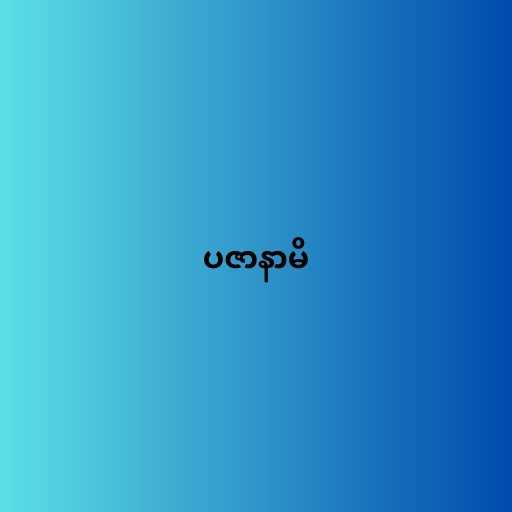
ပဇာနာမိ